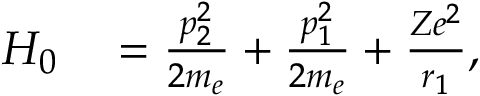
\begin{array} { r l } { H _ { 0 } } & { { } = \frac { p _ { 2 } ^ { 2 } } { 2 m _ { e } } + \frac { p _ { 1 } ^ { 2 } } { 2 m _ { e } } + \frac { Z e ^ { 2 } } { r _ { 1 } } , } \end{array}